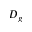
D _ { g }